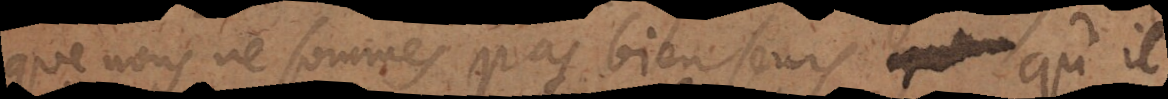
que nous ne sommes pas bien seurs qu’il